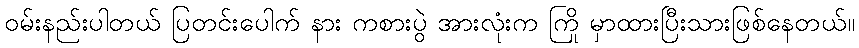
ဝမ်းနည်းပါတယ် ပြတင်းပေါက် နား ကစားပွဲ အားလုံးက ကြို မှာထားပြီးသားဖြစ်နေတယ်။